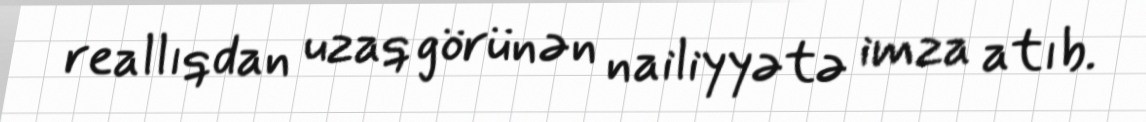
reallıqdan uzaq görünən nailiyyətə imza atıb.